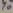
Text: y0